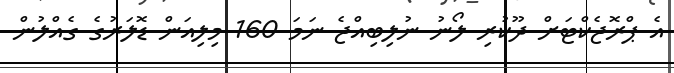
އެ ޕްރޮޖެކްޓަށް ދޫކުރި ލޯނު ނުލިބިއްޖެ ނަމަ 160 މިލިއަން ޑޮލަރުގެ ގެއްލުން